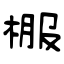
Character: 棴